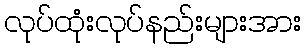
လုပ်ထုံးလုပ်နည်းများအား